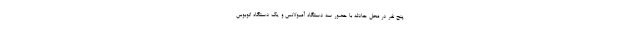
پنج نفر در محل حادثه با حضور سه دستگاه آمبولانس و یک دستگاه اتوبوس